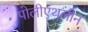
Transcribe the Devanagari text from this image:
पोलीएथलीन